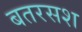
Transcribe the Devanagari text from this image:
बतरसश